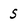
Character: 5